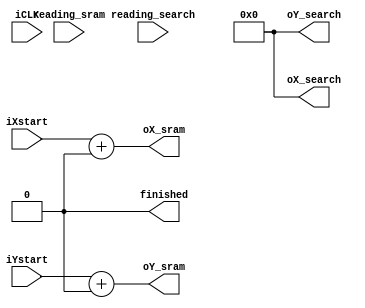
module CORR_SCORE(
	input					iCLK,
	input		[12:0] 	iXstart,
	input		[12:0] 	iYstart,
	input		[9:0] 	reading_sram,
	input		[9:0] 	reading_search,
	output	[12:0] 	oX_sram,
	output	[12:0] 	oY_sram,
	output	[12:0] 	oX_search,
	output 	[12:0]	oY_search,
	output   reg 		finished
);
			

reg [15:0] endScore;
reg [15:0] currentScore;
reg [12:0] Xcoord;
reg [12:0] Ycoord;

assign oX_sram = iXstart + Xcoord;
assign oY_sram = iYstart + Ycoord;

assign oX_search = Xcoord;
assign oY_search = Ycoord;


always @ (iXstart or iYstart) begin

Xcoord 			<= 0;
Ycoord 			<= 0;
finished 		<= 0;
currentScore 	<= 0;
endScore		<= 0;

end


always @ (posedge finished) begin


if(reading_sram > reading_search) begin

currentScore <= 1023 - (reading_sram - reading_search);

end

if(reading_sram > reading_search) begin

currentScore <= 1023 - (reading_search - reading_sram);

end

if(reading_sram == reading_search) begin

currentScore <= 1023;

end

//daqui pra baixo t tudo errado com a mais absoluta certeza.
endScore = endScore + currentScore;

if(Xcoord < 512 && Ycoord < 384)
	Xcoord = Xcoord + 1;

else if(Xcoord == 511 && Ycoord < 384) begin
	Xcoord <= 0;
	Ycoord = Ycoord + 1;
	
	end

else if(Xcoord == 511 && Ycoord == 383) begin
	finished = 1;

	end





end

endmodule